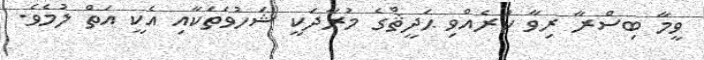
ވީމާ ބިސްރާ ރިވާ ކުރެއްވި ޙަދީޘްގެ މުރާދަކީ ޝަހުވަތަކާއި އެކީ އަތް ލުމެވެ.